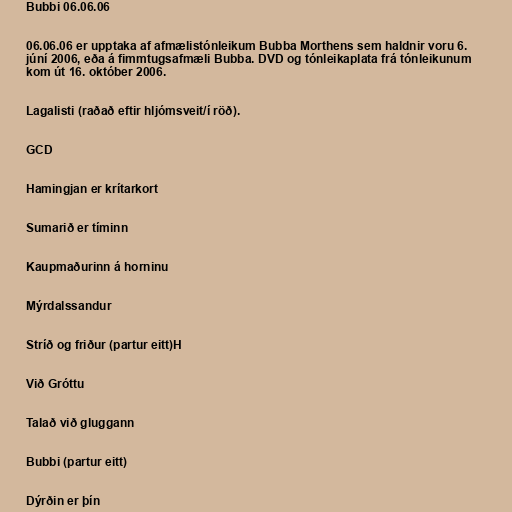
Bubbi 06.06.06

06.06.06 er upptaka af afmælistónleikum Bubba Morthens sem haldnir voru 6.
júní 2006, eða á fimmtugsafmæli Bubba. DVD og tónleikaplata frá tónleikunum
kom út 16. október 2006.

Lagalisti (raðað eftir hljómsveit/í röð).

GCD

Hamingjan er krítarkort

Sumarið er tíminn

Kaupmaðurinn á horninu

Mýrdalssandur

Stríð og friður (partur eitt)H

Við Gróttu

Talað við gluggann

Bubbi (partur eitt)

Dýrðin er þín